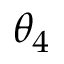
\theta _ { 4 }